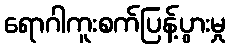
ရောဂါကူးစက်ပြန့်ပွားမှု